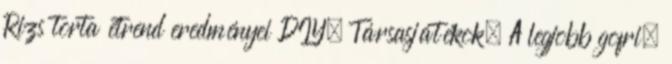
Rizs torta étrend eredményei DIY; Társasjátékok; A legjobb gofri;